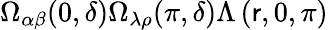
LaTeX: \Omega_{\alpha\beta}(0,\delta)\Omega_{\lambda\rho}(\pi,\delta)\Lambda\left(\mathsf{r},0,\pi\right)